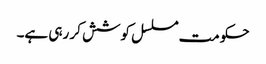
حکومت مسلسل کوشش کر رہی ہے۔